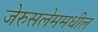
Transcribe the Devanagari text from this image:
जेरुसलेममधील